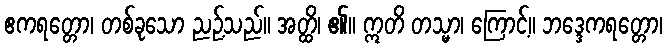
ဧကရတ္တော၊ တစ်ခုသော ညဥ့်သည်။ အတ္ထိ၊ ၏။ ဣတိ တသ္မာ၊ ကြောင့်။ ဘဒ္ဒေကရတ္တော၊